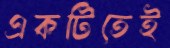
একটিতেই